Indian journal of veterinary science and animal husbandry - Volumes 18-21, 1948-1951
Year: 1948
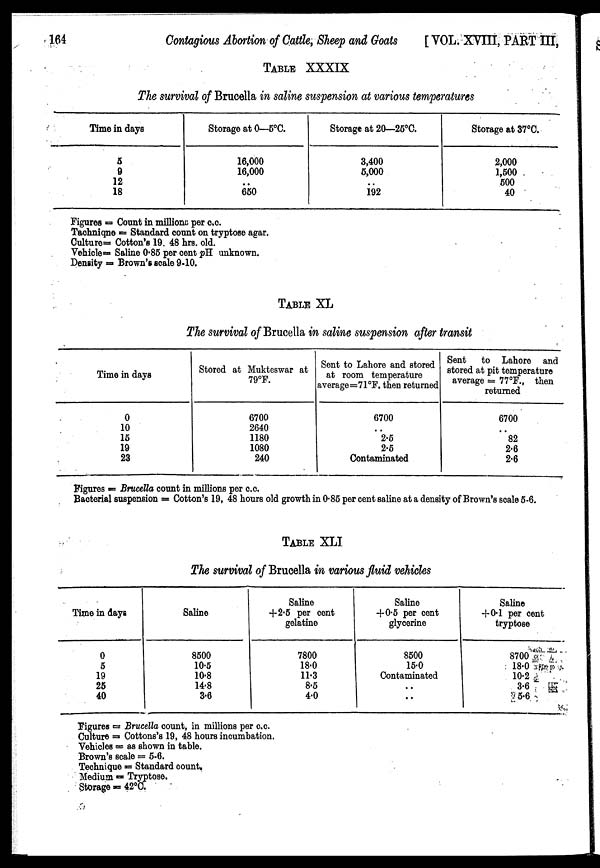
164
Contagious Abortion of Cattle, Sheep and Goats
[VOL. XVIII, PART III,
TABLE XXXIX
The survival of Brucella in saline suspension at various temperatures
Time in days
5
9
12
18
Storage at 0—5°C.
16,000
16,000
..
650
Storage at 20—25°C.
3,400
5,000
..
192
Storage at 37°C.
2,000
1,500
500
40
Figures = Count in millions per c.c.
Tachniqne = Standard count on tryptose agar.
Culture= Cotton's 19. 48 hrs. old.
Vehicle= Saline 0.85 per cent pH unknown.
Density = Brown's scale 9-10.
TABLE XL
The survival of Brucella in saline suspension after transit
Time in days
0
10
15
19
23
Stored at Mukteswar at
79°F.
6700
2640
1180
1080
240
Sent to Lahore and stored
at room temperature
average=71°F. then returned
6700
..
2.5
2.5
Contaminated
Sent
to Lahore and
stored at pit temperature
average = 77°F., then
returned
6700
..
82
2.6
2.6
Figures = Brucella count in millions per c.c.
Bacterial suspension = Cotton's 19, 48 hours old growth in 0.85 per cent saline at a density of Brown's scale 5-6.
TABLE XLI
The survival of Brucella in various fluid vehicles
Time in days
0
5
19
25
40
Saline
8500
10.5
10.8
14.8
3.6
Saline
+2.5 per cent
gelatine
7800
18.0
11.3
8.5
4.0
Saline
+0.5 per cent
glycerine
8500
15.0
Contaminated
..
..
Saline
+0.1 per cent
tryptose
8700
18.0
10.2
3.6
5.6
Figures = Brucella count, in millions per c.c.
Culture = Cottons's 19, 48 hours incumbation.
Vehicles = as shown in table.
Brown's scale = 5-6.
Technique = Standard count.
Medium = Tryptose.
Storage = 42ºC.